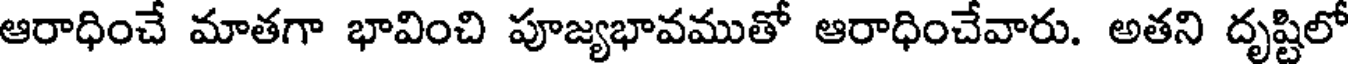
ఆరాధించే మాతగా భావించి పూజ్యభావముతో ఆరాధించేవారు. అతని దృష్టిలో